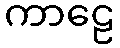
ကာဠေ